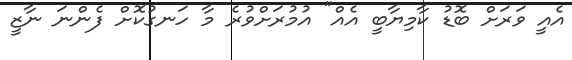
އެއީ ވަރަށް ބޮޑު ކާމިޔާބީ އެއް" އުމުރަށްވުރެ މާ ހަނގުކޮށް ފެންނަ ނާޒީ